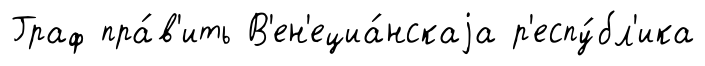
Граф пра́в'ить В'ен'ециа́нскаjа р'еспу́бл'ика